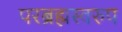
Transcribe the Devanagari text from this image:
परब्रह्मस्वरुप